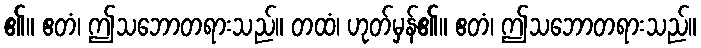
၏။ ဧတံ၊ ဤသဘောတရားသည်။ တထံ၊ ဟုတ်မှန်၏။ ဧတံ၊ ဤသဘောတရားသည်။